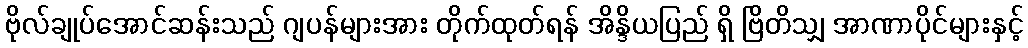
ဗိုလ်ချုပ်အောင်ဆန်းသည် ဂျပန်များအား တိုက်ထုတ်ရန် အိန္ဒိယပြည် ရှိ ဗြိတိသျှ အာဏာပိုင်များနှင့်